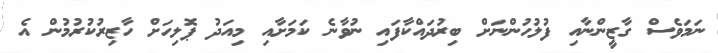
ނަމަވެސް ގާޒީންނާއި ފުލުހުންނަށް ބިރުދައްކާފައި ނުވާނެ ކަމަށާއި މިއަދު ޕޮލިހަށް ހާޒިރުކުރުމުން އެ